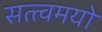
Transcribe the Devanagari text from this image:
सत्त्वमयो